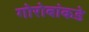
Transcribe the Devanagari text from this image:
गोरोबांकडे